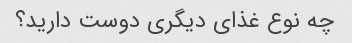
چه نوع غذای دیگری دوست دارید؟